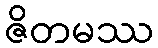
ဇိတမဿ